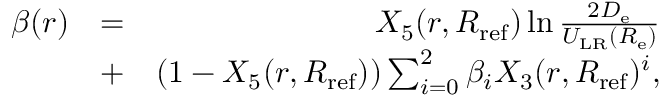
\begin{array} { r l r } { \beta ( r ) } & { = } & { X _ { 5 } ( r , R _ { \mathrm { r e f } } ) \ln \frac { 2 D _ { \mathrm { e } } } { U _ { \mathrm { L R } } ( R _ { \mathrm { e } } ) } } \\ & { + } & { ( 1 - X _ { 5 } ( r , R _ { \mathrm { r e f } } ) ) \sum _ { i = 0 } ^ { 2 } \beta _ { i } X _ { 3 } ( r , R _ { \mathrm { r e f } } ) ^ { i } , } \end{array}